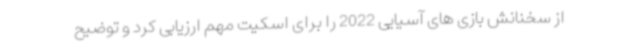
از سخنانش بازی های آسیایی 2022 را برای اسکیت مهم ارزیابی کرد و توضیح